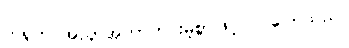
ကရုက အညှာအတာကင်းမဲ့စွာဖြင့် ဝင်ပြောသည်။